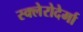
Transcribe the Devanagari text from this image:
स्क्लेरोदेर्मा